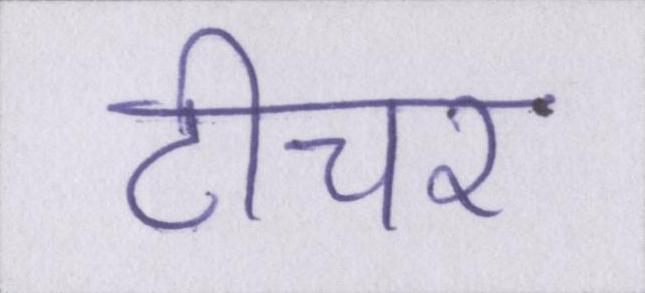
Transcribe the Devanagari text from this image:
टीचर